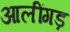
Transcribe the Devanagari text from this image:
आलींगड़